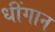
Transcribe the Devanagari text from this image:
धींगान